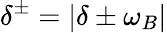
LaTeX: \delta^{\pm}=\lvert\delta\pm\omega_{B}\rvert